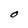
Character: O